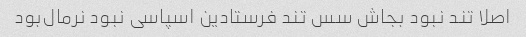
اصلا تند نبود بجاش سس تند فرستادین اسپاسی نبود نرمال‌بود